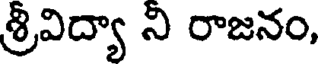
శ్రీవిద్యా ని రాజనం,